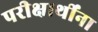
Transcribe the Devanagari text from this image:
परीक्षार्थींना